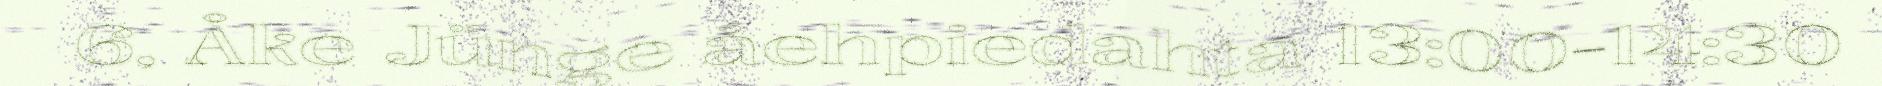
6, Åke Jünge åehpiedahta 13:00-14:30